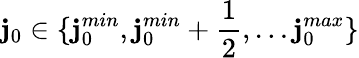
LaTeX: \mathbf{j}_{0}\in\{ \mathbf{j}_{0}^{min},\mathbf{j}_{0}^{min}+\frac{{1}}{{2}},\dots\mathbf{j}_{0}^{max}\}